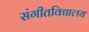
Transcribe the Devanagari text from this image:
संगीतविद्यालय